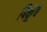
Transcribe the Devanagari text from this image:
पिकूंचे